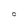
Character: O